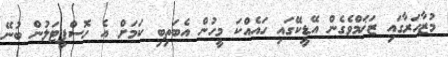
މުޒާހަރާގައި ޒަޚަމްވެގެން އޭޑީކޭގައި ހައެއްކަ މީހުން އެބަތިބި ކަމަށް އެ ހޮސްޕިޓަލުން ބުނޭ